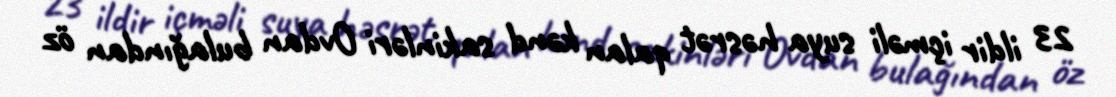
23 ildir içməli suya həsrət qalan kənd sakinləri Ovdan bulağından öz